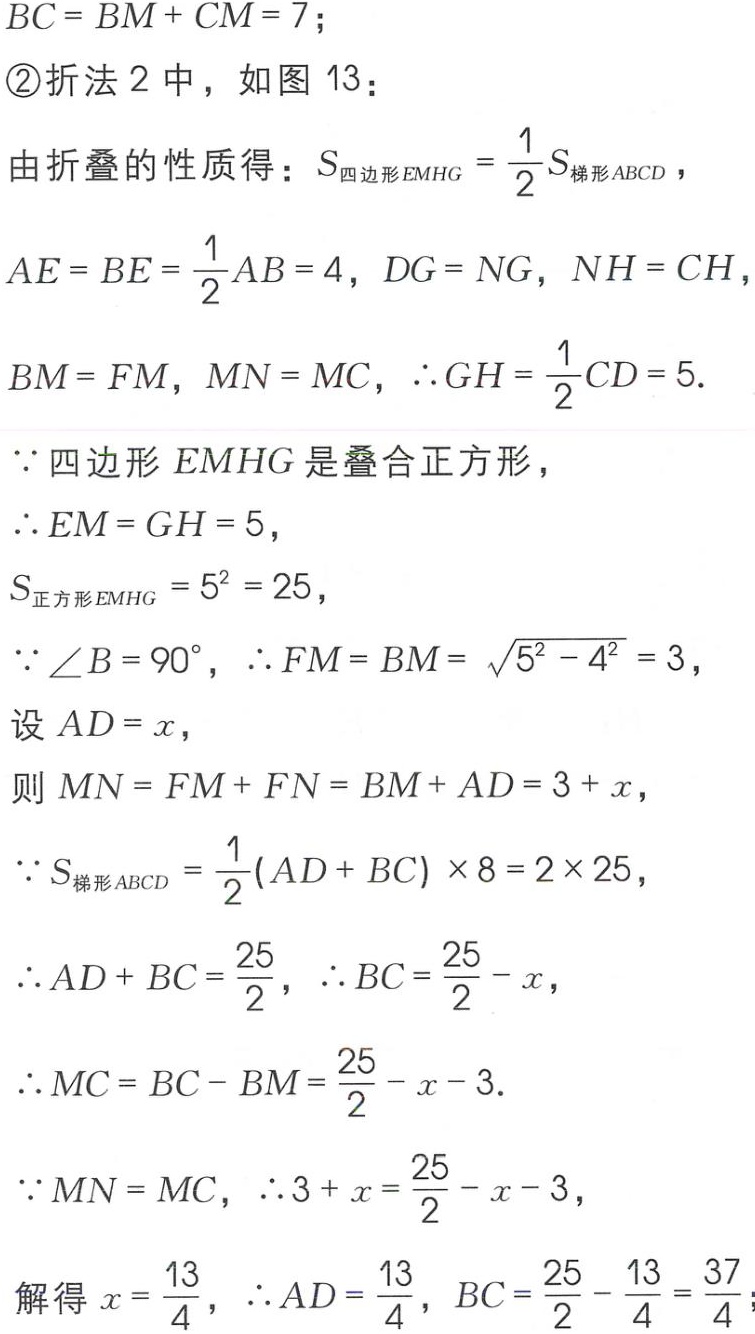
$BC = BM + CM = 7;$
\textcircled{2}折法 2 中，如图 13：
由折叠的性质得：$S_{四边形EMHG}=\frac{1}{2}S_{梯形ABCD},$
$AE = BE=\frac{1}{2}AB = 4,\ DG = NG,\ NH = CH,$
$BM = FM,\ MN = MC,\ \therefore GH=\frac{1}{2}CD = 5.$
$\because$四边形$EMHG$是叠合正方形，
$\therefore EM = GH = 5,$
$S_{正方形EMHG}=5^{2}=25,$
$\because\angle B = 90^{\circ},\ \therefore FM = BM=\sqrt{5^{2}-4^{2}} = 3,$
设$AD = x,$
则$MN = FM + FN = BM + AD = 3 + x,$
$\because S_{梯形ABCD}=\frac{1}{2}(AD + BC)\times8 = 2\times25,$
$\therefore AD + BC=\frac{25}{2},\ \therefore BC=\frac{25}{2}-x,$
$\therefore MC = BC - BM=\frac{25}{2}-x - 3.$
$\because MN = MC,\ \therefore 3 + x=\frac{25}{2}-x - 3,$
解得$x=\frac{13}{4},\ \therefore AD=\frac{13}{4},\ BC=\frac{25}{2}-\frac{13}{4}=\frac{37}{4};$